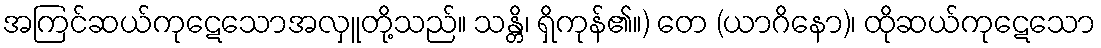
အကြင်ဆယ်ကုဋေသောအလှူတို့သည်။ သန္တိ၊ ရှိကုန်၏။) တေ (ယာဂိနော)၊ ထိုဆယ်ကုဋေသော